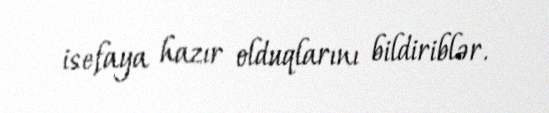
isefaya hazır olduqlarını bildiriblər.